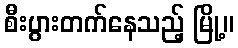
စီးပွားတက်နေသည့် မြို့။